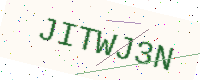
Text: JITWJ3N